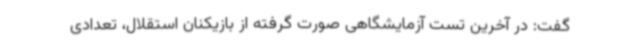
گفت: در آخرین تست آزمایشگاهی صورت گرفته از بازیکنان استقلال، تعدادی